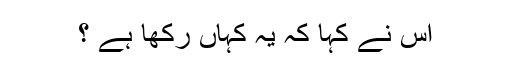
اس نے کہا کہ یہ کہاں رکھا ہے ؟